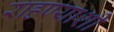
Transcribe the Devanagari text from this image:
राहण्याशी